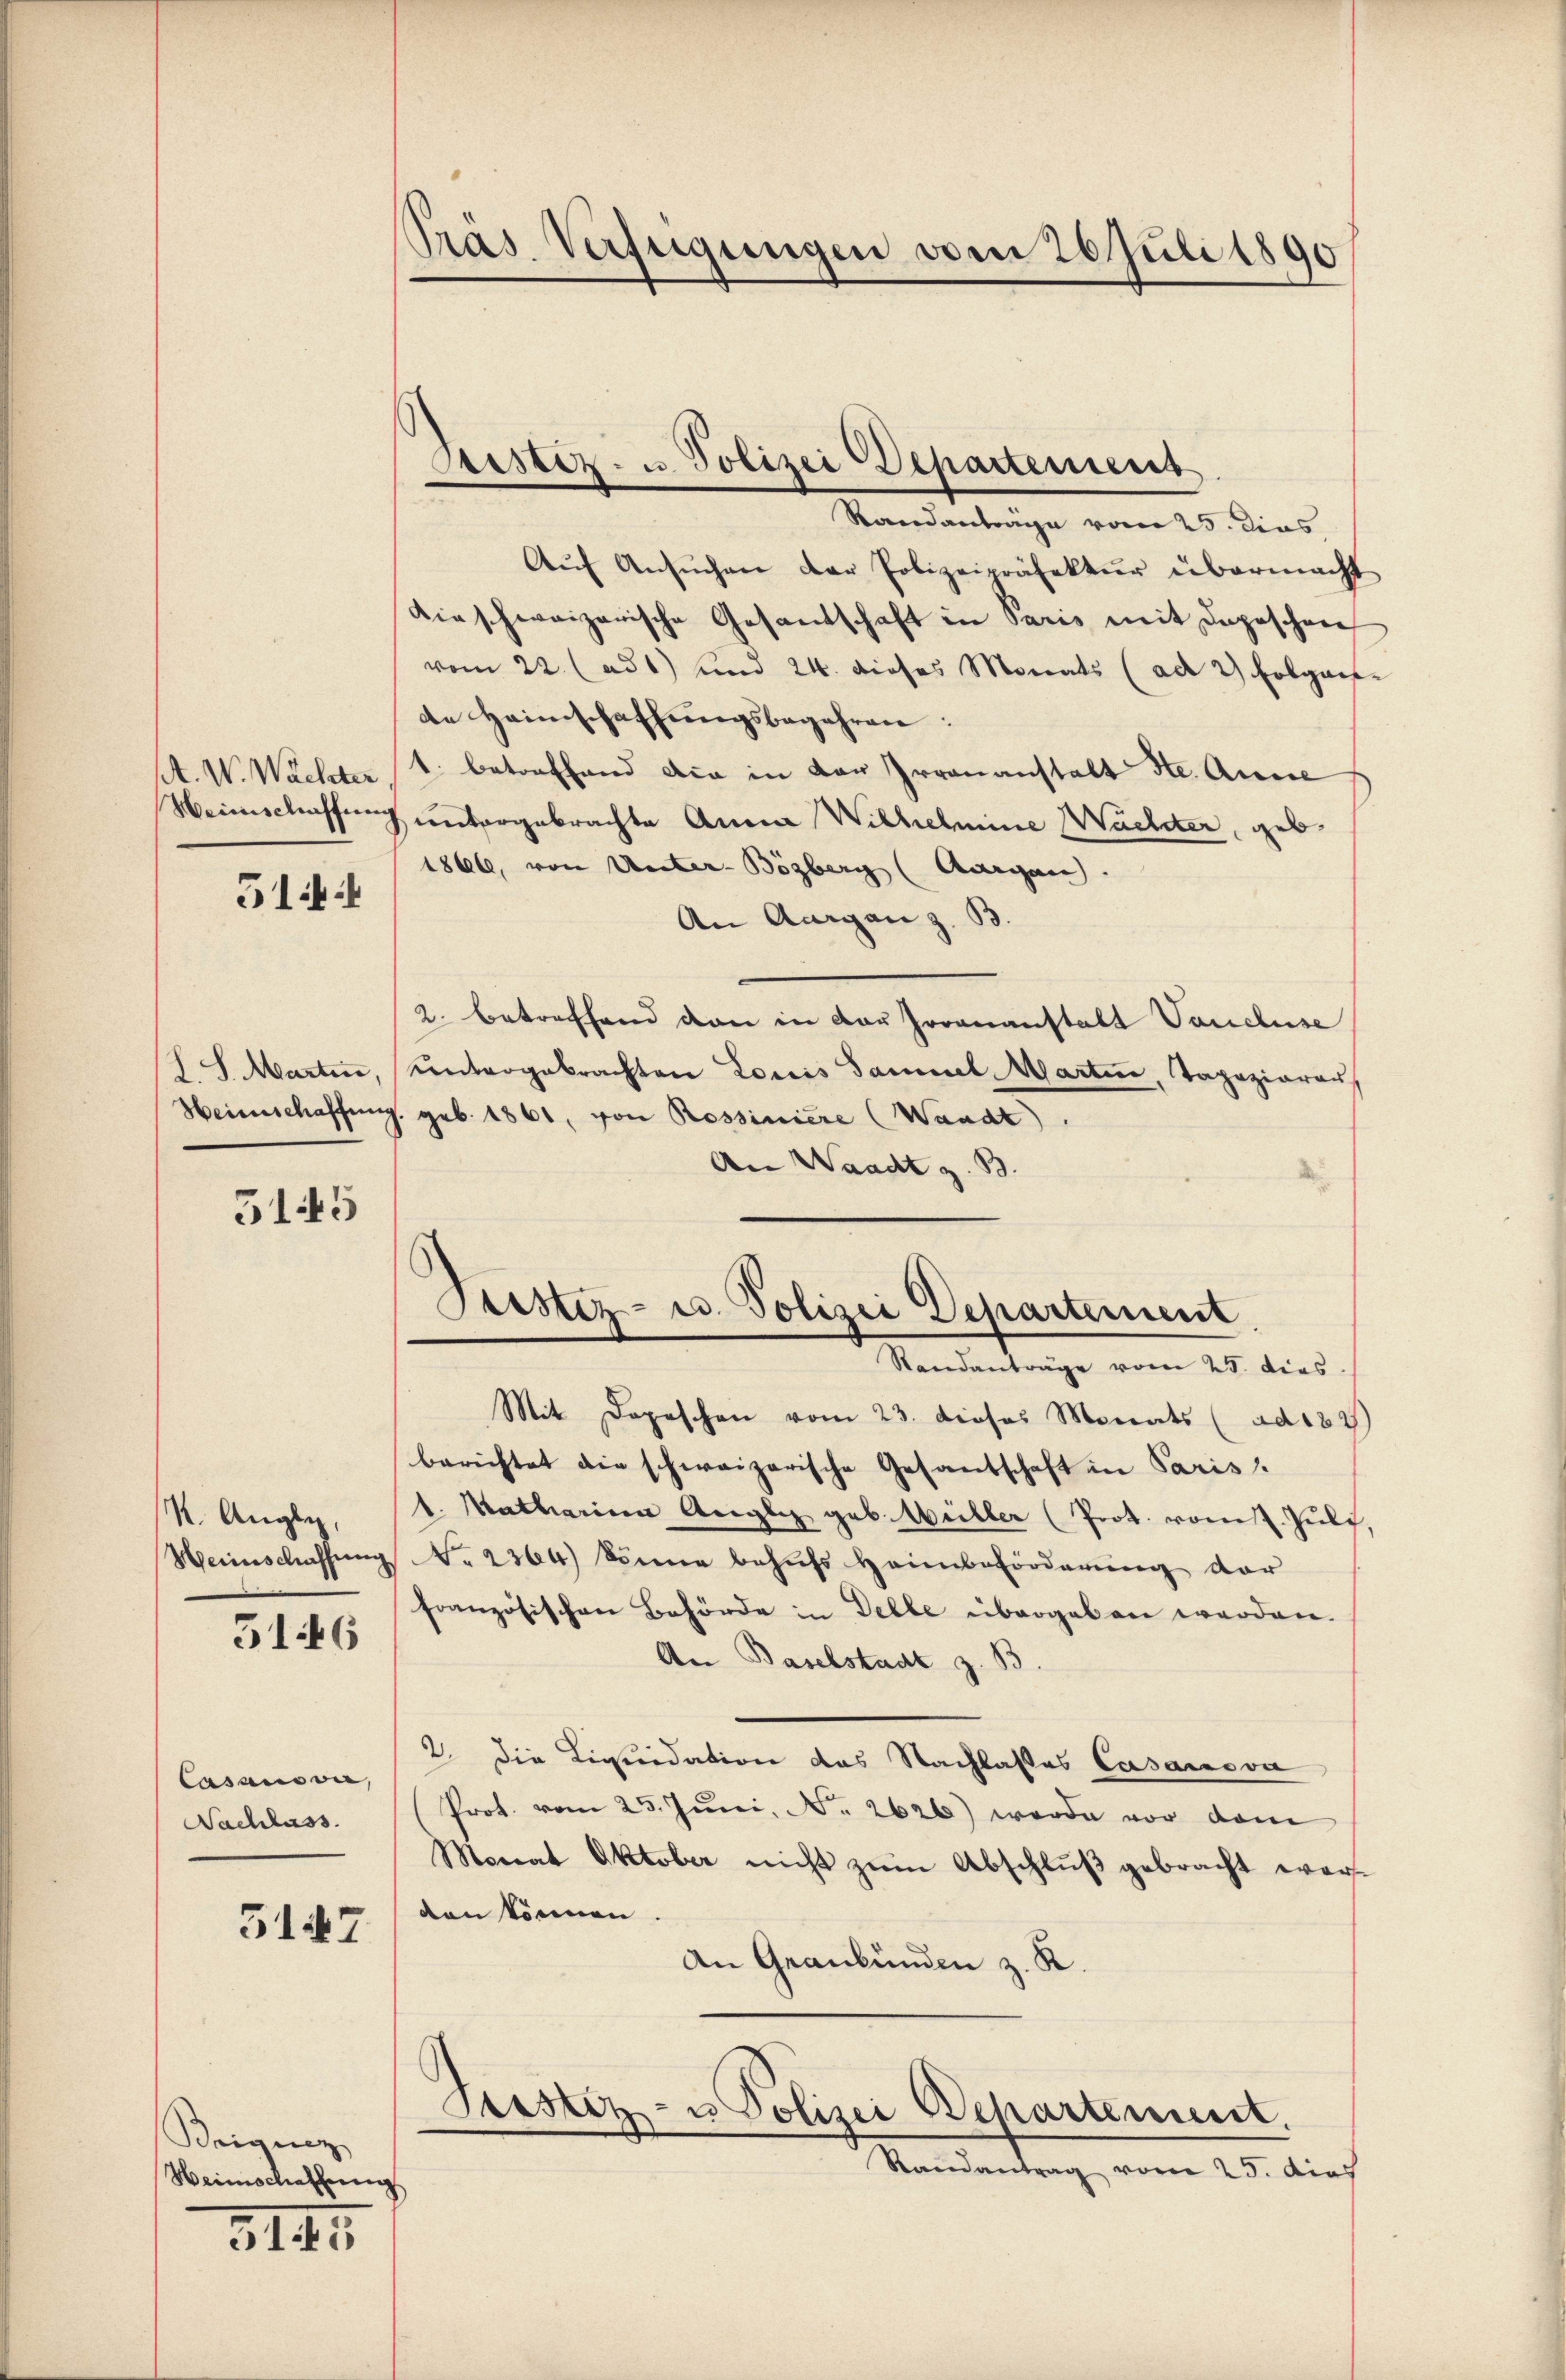
A. W. Wächter
Heinschaffnen

514:

L. S. Marten
Heimschaffung

3145

M. Auge,
Heinschaffung

5146

Casanover,
Nachlass

5147

Beigung
Heimschaffung

3145

Präs. Verfügungen vom 26 Juli 1890

Stestiz- u. Polizei Departement

Randantrage vom 25. Dies
Aŭf Ansŭchen der Polizeipräfektur übermacht
dieschweizerische Gesantschaft in Paris mit Depeschen
vom 22. (ad 1) und 24. dieses Monats (ad 2) Folgen
de Heimschaffungsbegehren:
1. betreffend die in der Irrenanstalt Ste. Auge
untergebrachte Anna Wilhelmine Wachter, geb.
1866, von Unter- Bözberg (Aargau.
An Aargau z. B.
2. betreffend dan in der Froonanstalt Vancluse
untergebrachten Louis Sammel, Martire, Tapeziarer,
J. geb. 1861, von Rossiniere (Waadt.
An Waadt z. B.
Sistiz- u. Polizei Departement.
Standanträge vom 25. dies
Mit Depeschen vom 23. dieses Monats (ad 182)
berichtet die schweizerische Gesandschaft in Paris
1. Matharina Angli geb. Weiller (Prot. vom 2. Juli,
No 2364) könne behufs Heimbeförderung der
französischen Behörde in Delle übergeben werden.
An Baselstadt z. B.
2. die Liquidation des Nachlasses Casanova
Prot. vom 25. Juni, No. 2626) werde vor dem
Monat Oktober nicht zum Abschluß gebracht worden können.
An Graubünden z. R.

Prustiz- u Polizei Departement.
Randantrag vom 25. dies